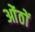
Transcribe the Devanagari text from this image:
ओंठों